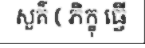
សួគ៌ ( ភិក្ខុ ធ្វើ